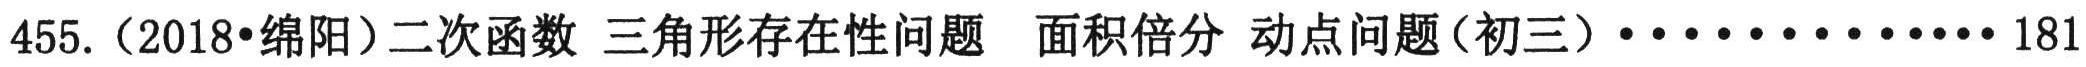
455.（2018•绵阳）二次函数 三角形存在性问题 面积倍分 动点问题（初三）·············181